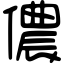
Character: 儂